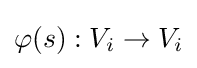
\varphi (s):V_{i}\to V_{i}